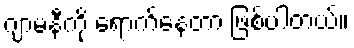
ဂျာမနီကို ရောက်နေတာ ဖြစ်ပါတယ်။